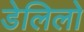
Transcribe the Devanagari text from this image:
डेलिलो